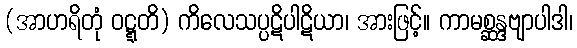
(အာဟရိတုံ ဝဋ္ဋတိ) ကိလေသပ္ပဋိပါဋိယာ၊ အားဖြင့်။ ကာမစ္ဆန္ဒဗျာပါဒါ၊